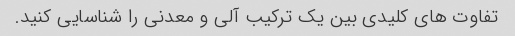
تفاوت های کلیدی بین یک ترکیب آلی و معدنی را شناسایی کنید.